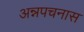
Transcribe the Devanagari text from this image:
अन्नपचनास